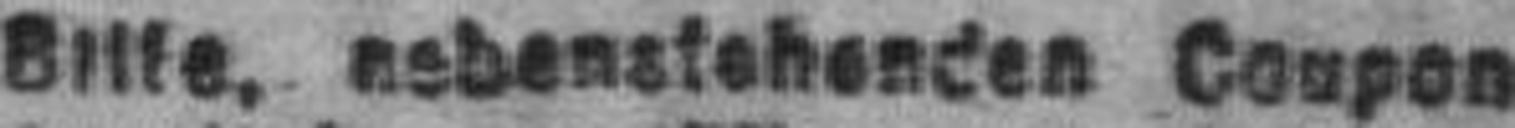
Bille, nebenstehenden Coupon